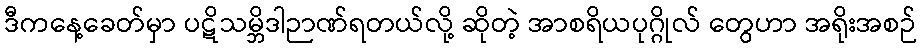
ဒီကနေ့ခေတ်မှာ ပဋိသမ္ဘိဒါဉာဏ်ရတယ်လို့ ဆိုတဲ့ အာစရိယပုဂ္ဂိုလ် တွေဟာ အရိုးအစဉ်